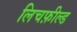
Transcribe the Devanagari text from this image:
लिचफ़ील्ड